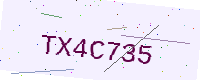
Text: TX4C735